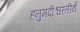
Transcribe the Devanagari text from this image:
हनुमदीश्वरतीर्थ